Statistical return of the lunatic asylum in Assam - 1912-1932
Year: 1912
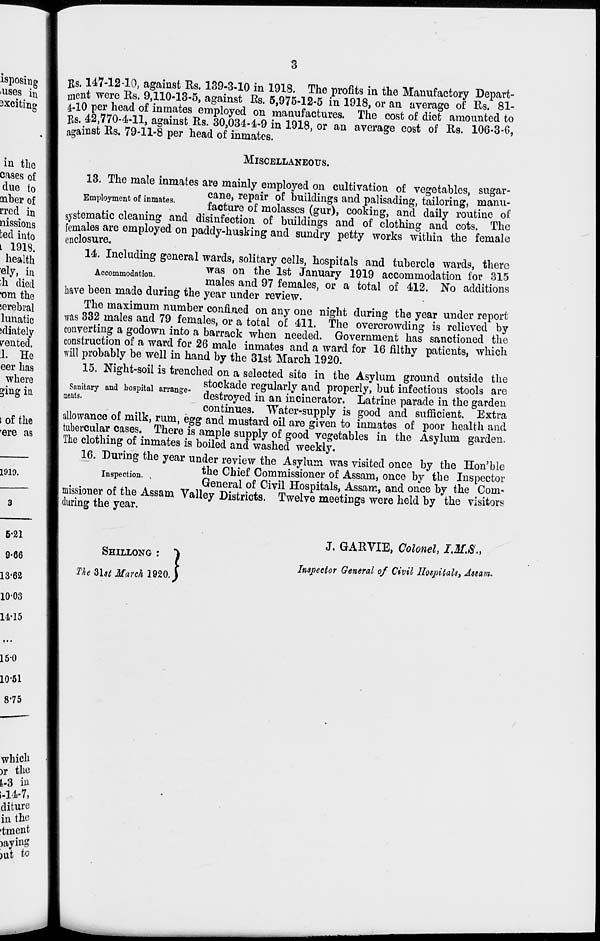
Rs. 147-12-10, against Rs. 139-3-10 in 1913. The profits in the Manufactory Depart-
ment were Ks. 9,110-13-5, against Es. 5,975-12-5 in 1918, or an average of Rs. 81-
4-10 per head of inmates employed on manufactures. The cost of diet amounted to
Rs. 42,770-4-11, against Rs. 30,034-4-9 in 1918, or an average cost of Rs. 106-3-6,
against Rs, 79-11-8 per head of inmates.
MISCELLANEOUS.
13. The male inmates are mainly employed on cultivation of vegetables, sugar-
Employment of inmates.
f n . e ' re P|? ir ? f h^1^ and palisading, tailoring, manu-
facture of molasses (gur), cooking, and daily routine ot
systematic cleaning and disinfection of buildings and of clothing and cots. The
females are employed on paddy-husking and sundry petty works within the female
enclosure.
14. Including general wards, solitary cells, hospitals and tubercle wards, there
Accommodat'on
was on '^e * s * J anuai 7 1919 accommodation for 315
males and 97 females, or a total of 412. No additions
have been made during the year under review.
The maximum number confined on any one night during the year under report
was 332 males and 79 females, or a total of 411. The overcrowding is relieved by
converting a godown into a barrack when needed. Government has sanctioned the
construction of a ward for 26 male inmates and a ward for 16 filthy patients, which
will probably be well in hand by the 31st March 1920.
15. Night-soil is trenched on a selected site in the Asylum ground outside the
c .,
, , ., ,
stockade regularly and properly, but infectious stools are
Sanitary and hospital arrange- j ,
, . °
." .
£ l
x
J \ .
-, . ,-,
j
aents.
destroyed in an incinerator. Latrine parade in the garden
continues. Water-supply is good and sufficient. Extra
allowance of milk, rum, egg and mustard oil are given to inmates of poor health and
tubercular cases. There is ample supply of good vegetables in the Asylum garden,
The clothing of inmates is boiled and washed weekly.
16. During the year under review the Asylum was visited once by the Hon'ble
Inspection
*^e Chief Commissioner of Assam, once by the Inspector
General of Civil Hospitals, Assam, and once by the Com-
missioner of the Assam Valley Districts. Twelve meetings were held by the visitors
during the year.
SHILLONG :
The 3Ut March 1920
■
\
120.)
J. GARVIE, Colonel, J.I/X,
Inspector General of Civil Hospitals, Assam*